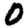
Digit: 0